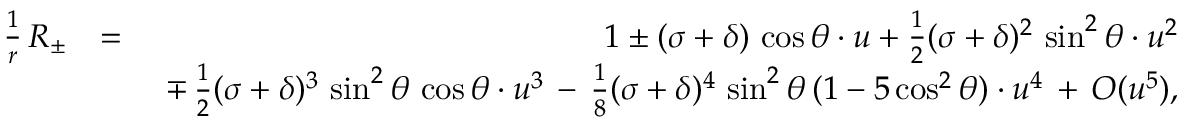
\begin{array} { r l r } { \frac { 1 } { r } \, R _ { \pm } } & { = } & { 1 \pm ( \sigma + \delta ) \, \cos \theta \cdot u + \frac { 1 } { 2 } ( \sigma + \delta ) ^ { 2 } \, \sin ^ { 2 } \theta \cdot u ^ { 2 } } \\ & { } & { \ \mp \, \frac { 1 } { 2 } ( \sigma + \delta ) ^ { 3 } \, \sin ^ { 2 } \theta \, \cos \theta \cdot u ^ { 3 } \, - \, \frac { 1 } { 8 } ( \sigma + \delta ) ^ { 4 } \, \sin ^ { 2 } \theta \, ( 1 - 5 \cos ^ { 2 } \theta ) \cdot u ^ { 4 } \, + \, { \cal O } ( u ^ { 5 } ) , } \end{array}